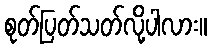
စုတ်ပြတ်သတ်လို့ပါလား။